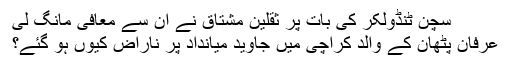
سچن ٹنڈولکر کی بات پر ثقلین مشتاق نے ان سے معافی مانگ لی
عرفان پٹھان کے والد کراچی میں جاوید میانداد پر ناراض کیوں ہو گئے؟